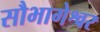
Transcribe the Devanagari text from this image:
सौभागेश्वर